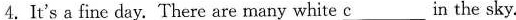
4.It's a fine day. There are many white \underline{c} in the sky.